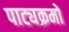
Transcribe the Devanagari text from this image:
पाट्यक्रमो